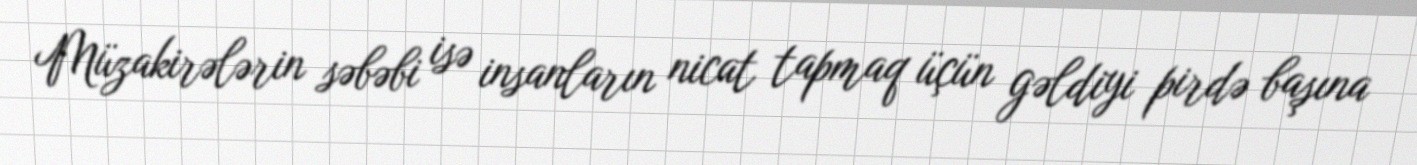
Müzakirələrin səbəbi isə insanların nicat tapmaq üçün gəldiyi pirdə başına